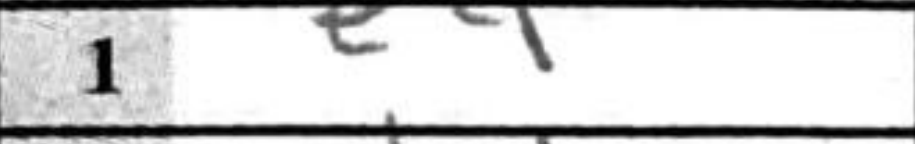
Transcription: e4